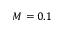
M = 0 . 1